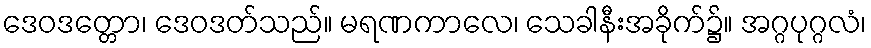
ဒေဝဒတ္တော၊ ဒေဝဒတ်သည်။ မရဏကာလေ၊ သေခါနီးအခိုက်၌။ အဂ္ဂပုဂ္ဂလံ၊